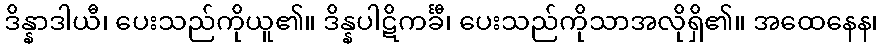
ဒိန္နာဒါယီ၊ ပေးသည်ကိုယူ၏။ ဒိန္နပါဋိကင်္ခီ၊ ပေးသည်ကိုသာအလိုရှိ၏။ အထေနေန၊